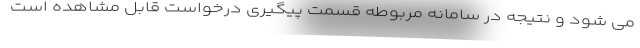
می شود و نتیجه در سامانه مربوطه قسمت پیگیری درخواست قابل مشاهده است